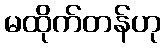
မထိုက်တန်ဟု